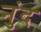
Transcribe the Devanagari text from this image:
नुंद